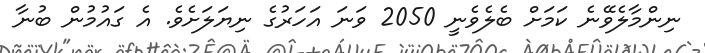
ނިންމާލެވޭނެ ކަމަށް ބެލެވެނީ 2050 ވަނަ އަހަރުގެ ނިޔަލަށެވެ. އެ ގައުމުން ބުނާ